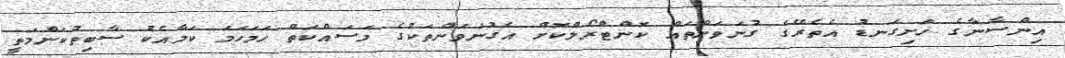
އިންސާނާގެ ހަށިގަނޑު އެތެރޭގެ ގުނަވަންތައް ކޮންޓްރޯލްކޮށް އެގުނަވަންތަކުގެ މަސައްކަތް ހަމަހަމަ ކަމާއެކު ސާބިތުކަންމަތީ